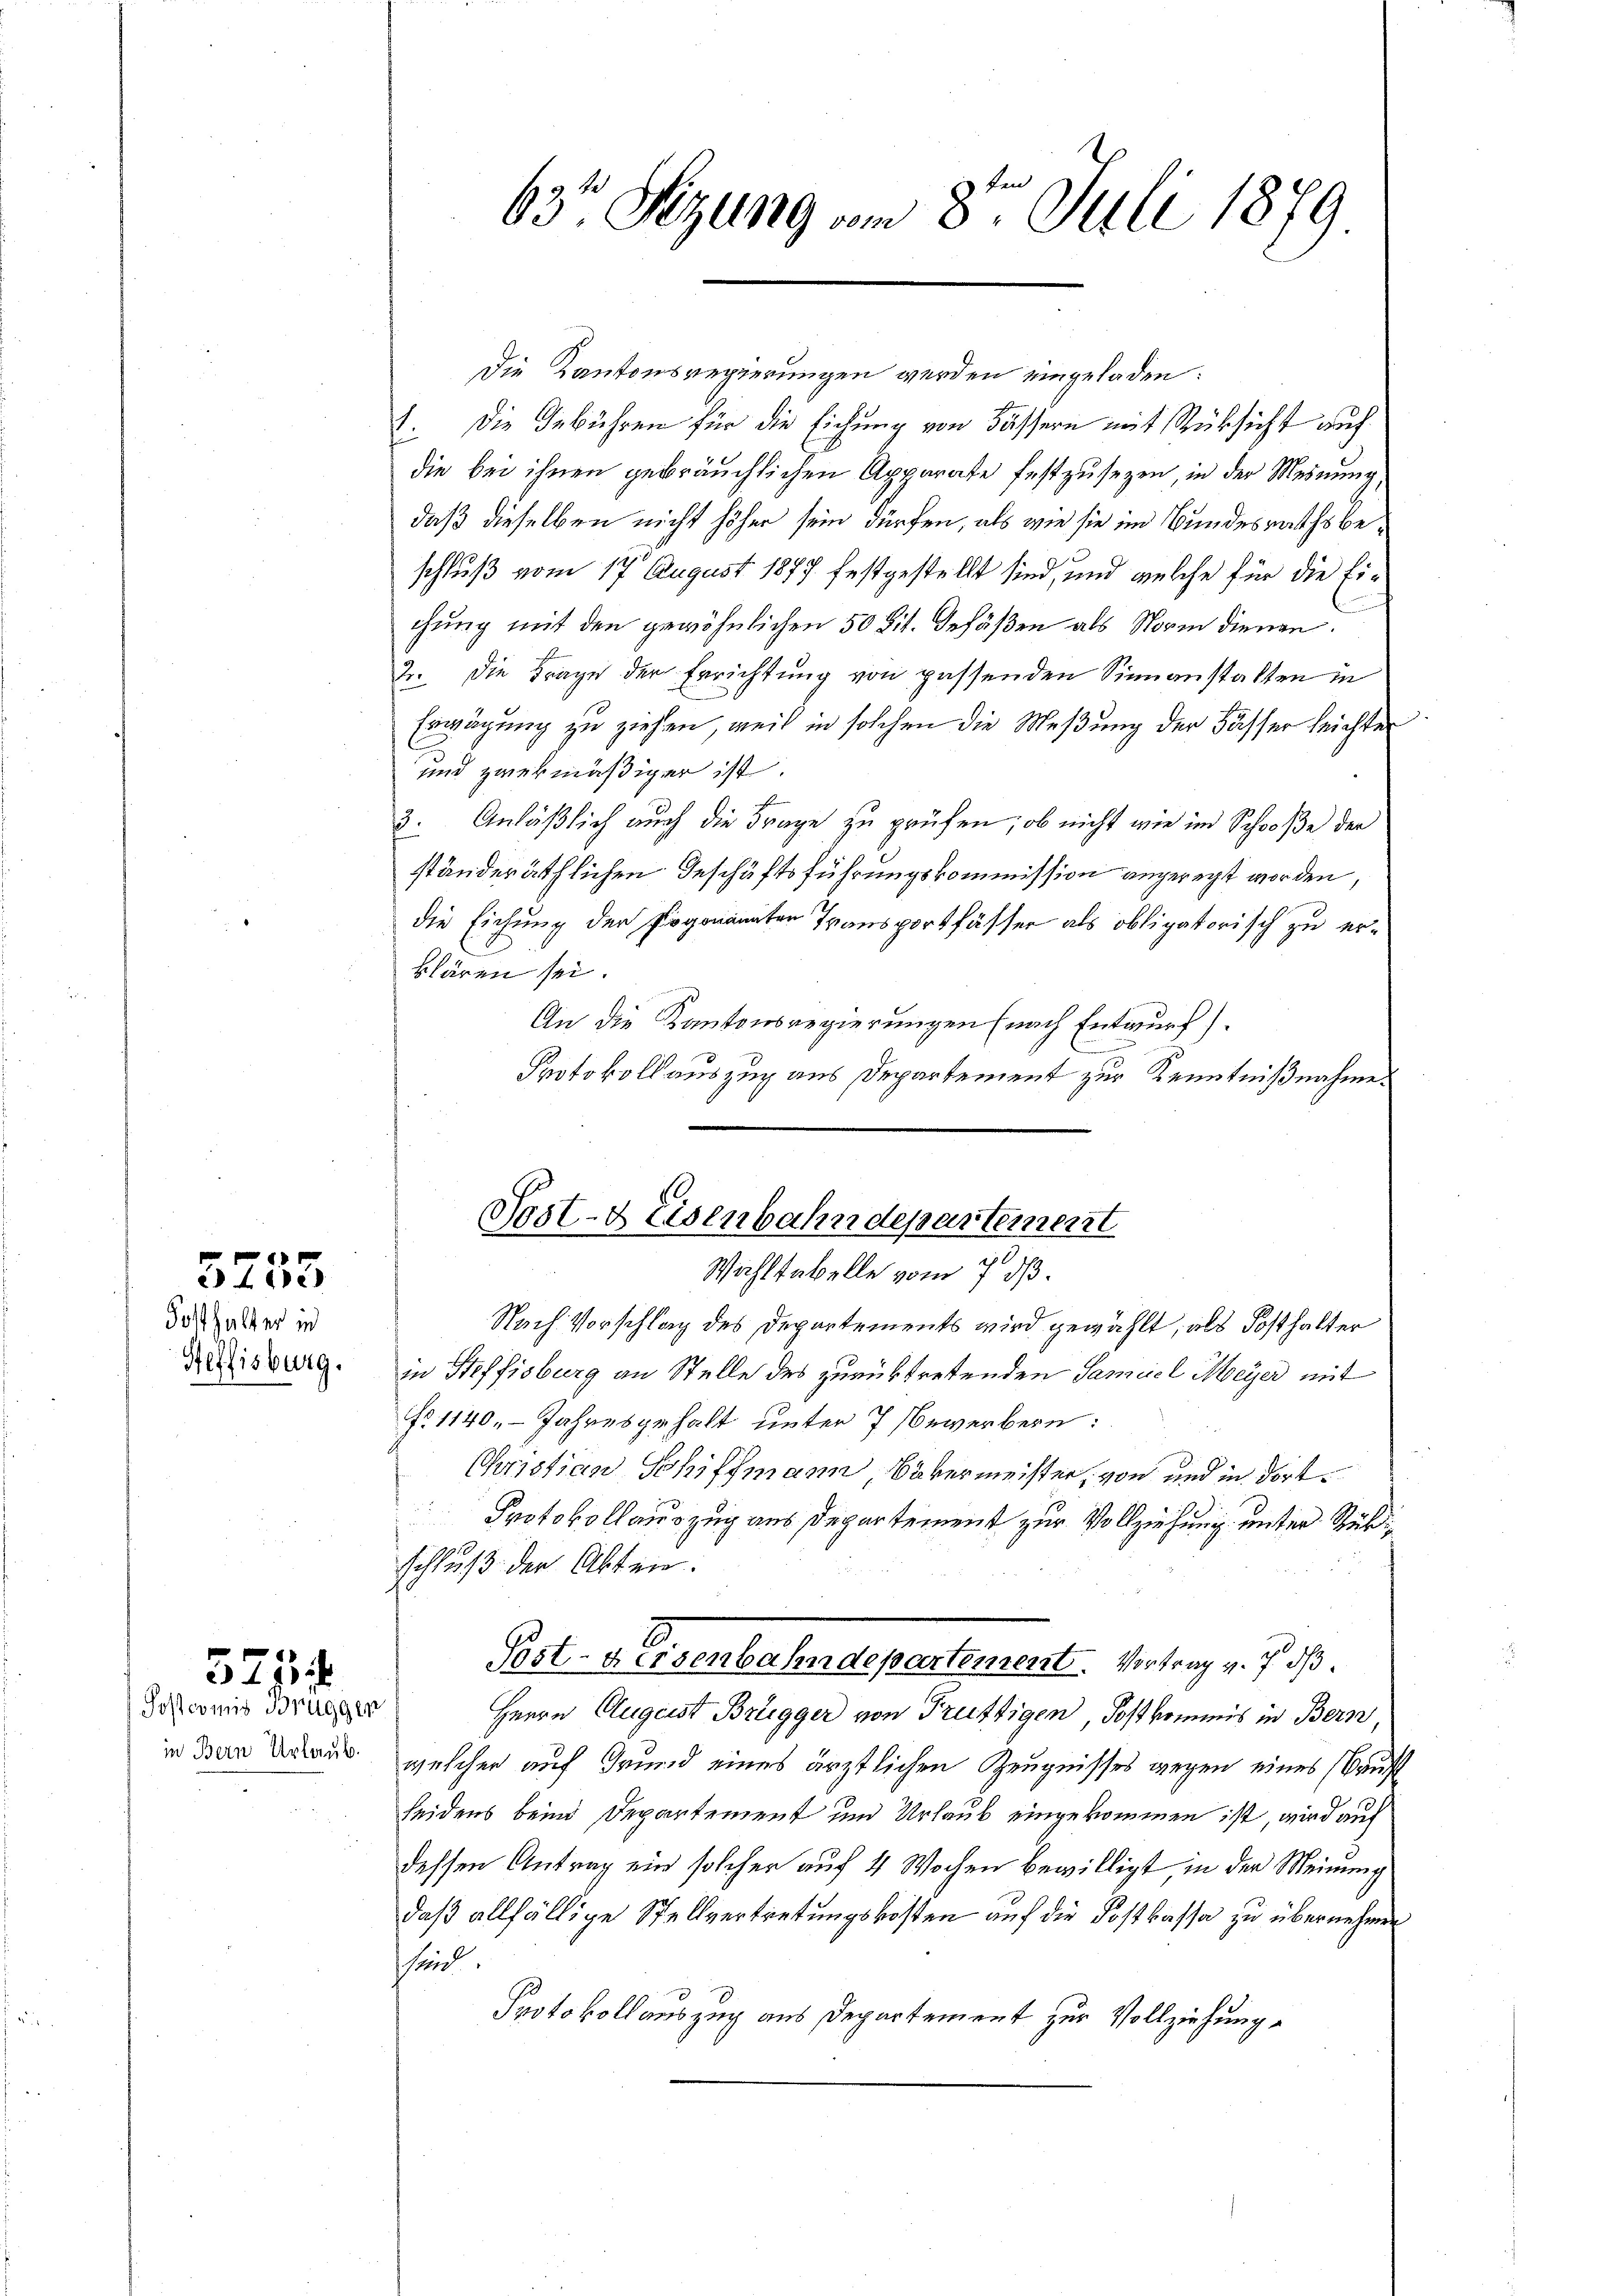
5253

Fosthalter in
Heffisburg.

Soscomit Brüggen

573 f

Die Kantonsregierungen werden eingeladen:
I. Die Gebühren für die Eichung von Fässern mit Rücksicht auf
die bei ihnen gebräuchlichen Apparate festzusezen, in der Meinung,
daß dieselben nicht höher sein dürfen, als wie sie im Bundesrathsbeschluß vom 17. August 1877 festgestellt sind, und welche für die Eichung mit den gewöhnlichen 50 lit. Gefäßen als Norm dienen.
2. Die Frage der Errichtung von passenden Sinnanstalten in
Erwägung zu ziehen, weil in solchen die Meßung der Basser leichter
und zwekmäßiger ist.
3. Anläßlich auch die Frage zu prüfen; ob nicht wie im Schooße der
ständeräthlichen Geschäftsführungskommission angeregt worden,
die Eichung der Pogenannten Transportfässer als obligatorisch zu erklären sei.
An die Kantonsregierungen (nach Entwurf).
Protokollauszug aus Departement zur Kenntnißnahme.
Post- & Eisenbahndepartement
Wahltabelle vom 7. dß.
Nach Vorschlag des Departements wird gewählt, als Posthalter
in Steffisburg an Stelle des zurücktretenden Samuel Meyer mit
fr. 1140. - Jahresgehalt unter 7 Bewerbern:
Christian Schiffmann übermeister, von und in dort¬
Protokollauszug aus Departement zur Vollziehung unter Rükschluß der Akten.
2
Post-Keisenbahndepartement. Vortrag v. 7. dß.
Herrn Augeist Brügger von Truttigen, Postkommnis in Bern,
in den daran, welcher auf Grund eines ärztlichen Zeugnisses wegen eines Baust
seidens beim Departement und Urlaub eingekommen ist, wird auf
dessen Antrag ein solcher auf 4 Wochen bewilligt, in der Meinung
daß allfällige Stellvertretungskosten auf die Postkassa zu übernehmen
Theil.
Protokollauszug aus Departement zur Vollziehung

63 Sezung vom 8ten Juli 1879